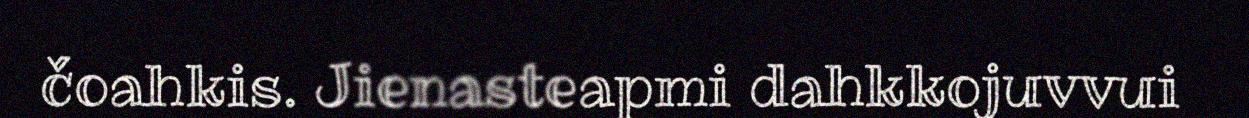
čoahkis. Jienasteapmi dahkkojuvvui